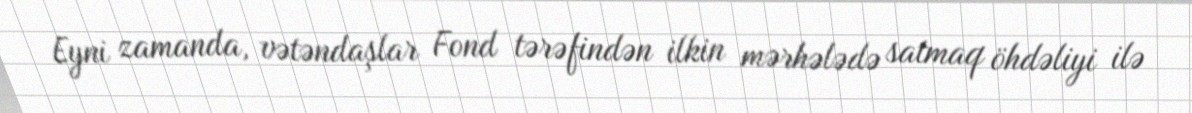
Eyni zamanda, vətəndaşlar Fond tərəfindən ilkin mərhələdə satmaq öhdəliyi ilə